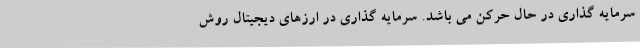
سرمایه گذاری در حال حرکن می باشد. سرمایه گذاری در ارزهای دیجیتال روش